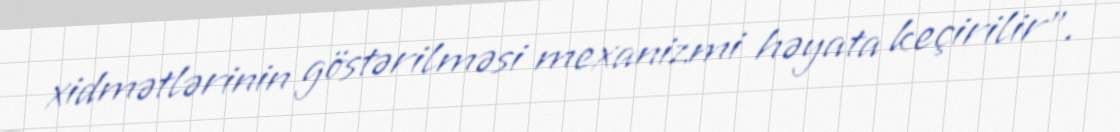
xidmətlərinin göstərilməsi mexanizmi həyata keçirilir”.